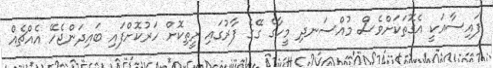
ފައިސާއަކީ އެގޮތަކަށްވެސް މުއްސަނދި މީހާގެ ގޭގެ ފާރުގައި ރީތިކޮށް ހަރުކޮށްފައި ބައިދަންޖެހޭ އެއްޗެއް